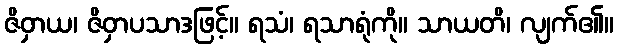
ဇိဝှာယ၊ ဇိဝှာပသာဒဖြင့်။ ရသံ၊ ရသာရုံကို။ သာယတိ၊ လျက်၏။